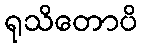
ရုသိတောပိ